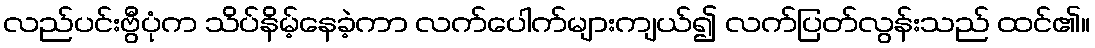
လည်ပင်းဗွီပုံက သိပ်နိမ့်နေခဲ့ကာ လက်ပေါက်များကျယ်၍ လက်ပြတ်လွန်းသည် ထင်၏။